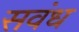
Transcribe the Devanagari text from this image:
सवंध